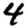
Digit: 4